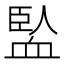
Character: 𧗄